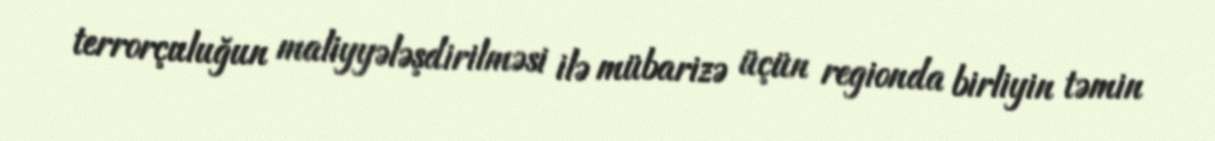
terrorçuluğun maliyyələşdirilməsi ilə mübarizə üçün regionda birliyin təmin